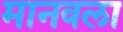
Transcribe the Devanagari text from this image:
मानवला